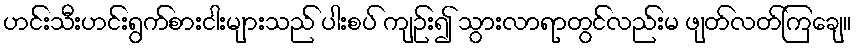
ဟင်းသီးဟင်းရွက်စားငါးများသည် ပါးစပ် ကျဉ်း၍ သွားလာရာတွင်လည်းမ ဖျတ်လတ်ကြချေ။